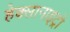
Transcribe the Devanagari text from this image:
हेक्सानाइट्रो